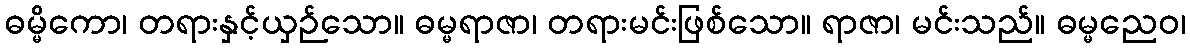
ဓမ္မိကော၊ တရားနှင့်ယှဉ်သော။ ဓမ္မရာဇာ၊ တရားမင်းဖြစ်သော။ ရာဇာ၊ မင်းသည်။ ဓမ္မညေဝ၊